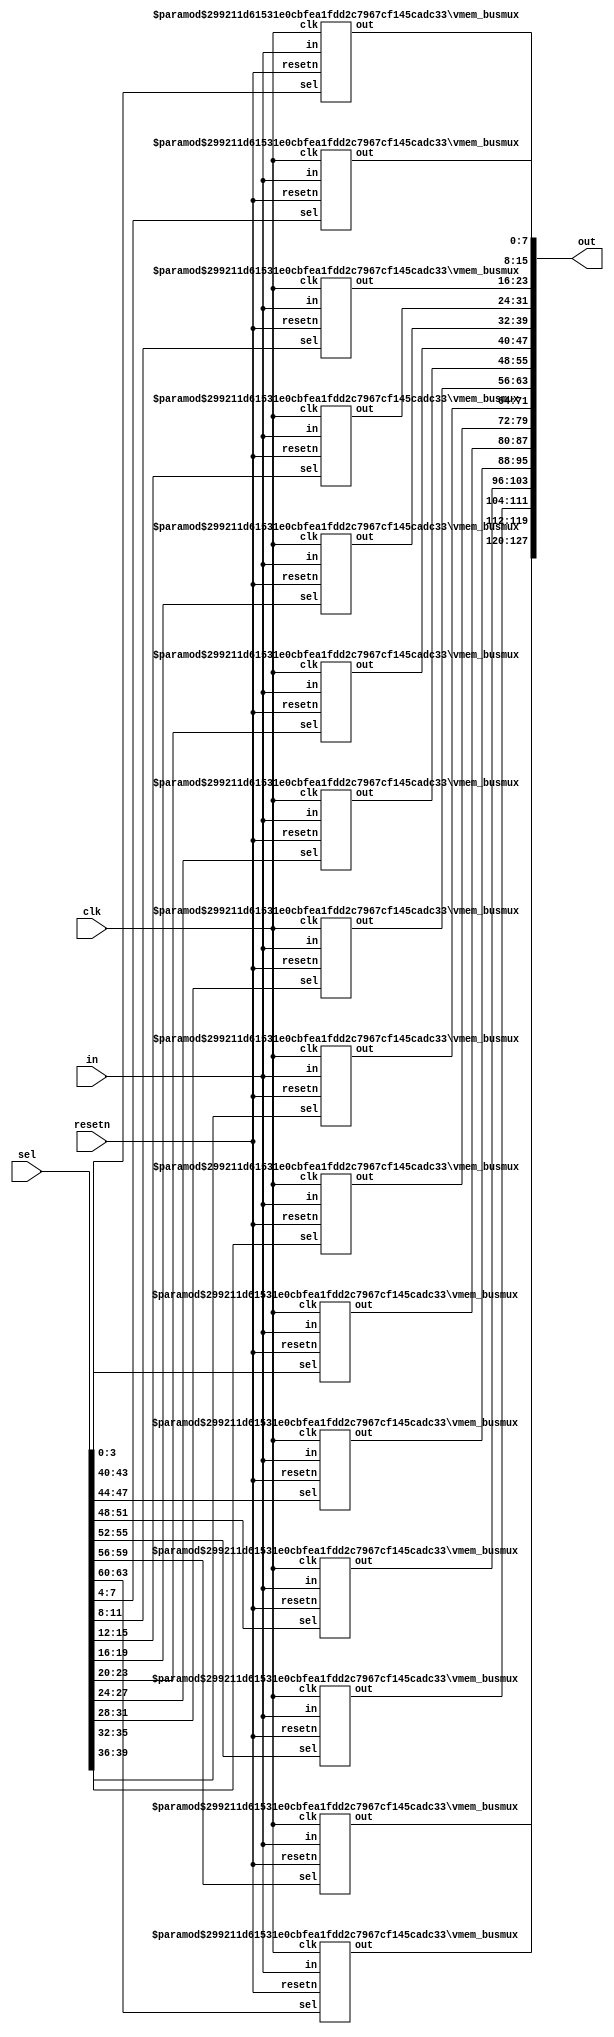
/************************
 *
 *************************/

module vmem_crossbar (
    clk,
    resetn,
    sel,
    in,
    out
    );

parameter INWIDTH=128;       //Bit width of input
parameter LOG2INWIDTH=7;
parameter NUMOUTS=16;        //Number of Outputs
parameter OUTWIDTH=8;        //Bit width of each Output
parameter LOG2OUTWIDTH=3;

parameter SELWIDTH=LOG2INWIDTH-LOG2OUTWIDTH;   // LOG2(INWIDTH/OUTWIDTH) = 4

input                             clk;
input                             resetn;
input  [(SELWIDTH*NUMOUTS)-1 : 0] sel;
input  [INWIDTH-1 : 0]            in;
output [(OUTWIDTH*NUMOUTS)-1 : 0] out;

genvar i;

 generate
   for (i=0; i < NUMOUTS; i=i+1) begin : MEM
     vmem_busmux bmux(clk,resetn,
        sel[(i+1)*SELWIDTH - 1 : i*SELWIDTH],
        in,
        out[(i+1)*OUTWIDTH - 1 : i*OUTWIDTH]);
      defparam bmux.INWIDTH=INWIDTH;
      defparam bmux.LOG2INWIDTH=LOG2INWIDTH;
      defparam bmux.OUTWIDTH=OUTWIDTH;
      defparam bmux.LOG2OUTWIDTH=LOG2OUTWIDTH;
   end
 endgenerate


endmodule



module vmem_busmux (
    clk,
    resetn,
    sel,
    in,
    out
    );

parameter INWIDTH=128;
parameter LOG2INWIDTH=7;
parameter OUTWIDTH=8;
parameter LOG2OUTWIDTH=3;

parameter SELWIDTH=LOG2INWIDTH-LOG2OUTWIDTH;   // LOG2(INWIDTH/OUTWIDTH) = 4

input clk;
input resetn;
input  [SELWIDTH-1 : 0] sel;
input  [INWIDTH-1 : 0]  in;
output [OUTWIDTH-1 : 0] out;

reg    [OUTWIDTH-1 : 0] out;

integer k;

  always@*
  begin
    out=0;
    for (k=0; k<INWIDTH/OUTWIDTH; k=k+1)
      if (k==sel)
        out=in[ k*OUTWIDTH +: OUTWIDTH ];
  end


endmodule